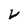
Character: V